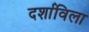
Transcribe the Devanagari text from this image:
दर्शाविला